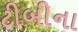
ટીબીના